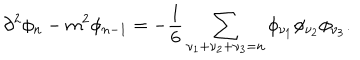
\partial ^ { 2 } \phi _ { n } - m ^ { 2 } \phi _ { n - 1 } = - \frac { 1 } { 6 } \sum _ { \nu _ { 1 } + \nu _ { 2 } + \nu _ { 3 } = n } \phi _ { \nu _ { 1 } } \phi _ { \nu _ { 2 } } \phi _ { \nu _ { 3 } } .